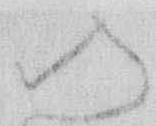
入